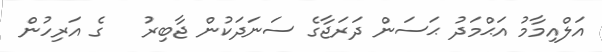
އަލްއިމާމު އަޙްމަދު ޙަސަން ދަރަޖާގެ ސަނަދަކުން ޖާބިރު   ގެ އަރިހުން